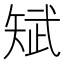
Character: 𮀃